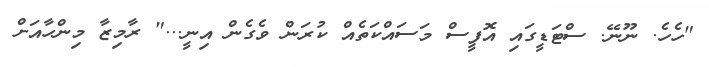
"ހެހެ. ނޫނޭ. ސްޓަޑީގައި އޮފީސް މަސައްކަތެއް ކުރަން ވެގެން އިނީ..." ރާމިޒާ މިންހާއަށް